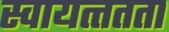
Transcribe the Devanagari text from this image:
स्वायत्त्तता